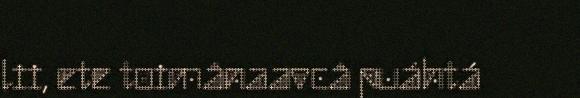
lii, ete toimânaavcâ puáhtá